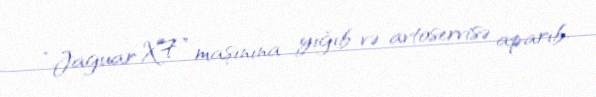
“Jaguar XF” maşınına yığıb və avtoservisə aparıb.